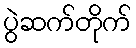
ပွဲဆက်တိုက်